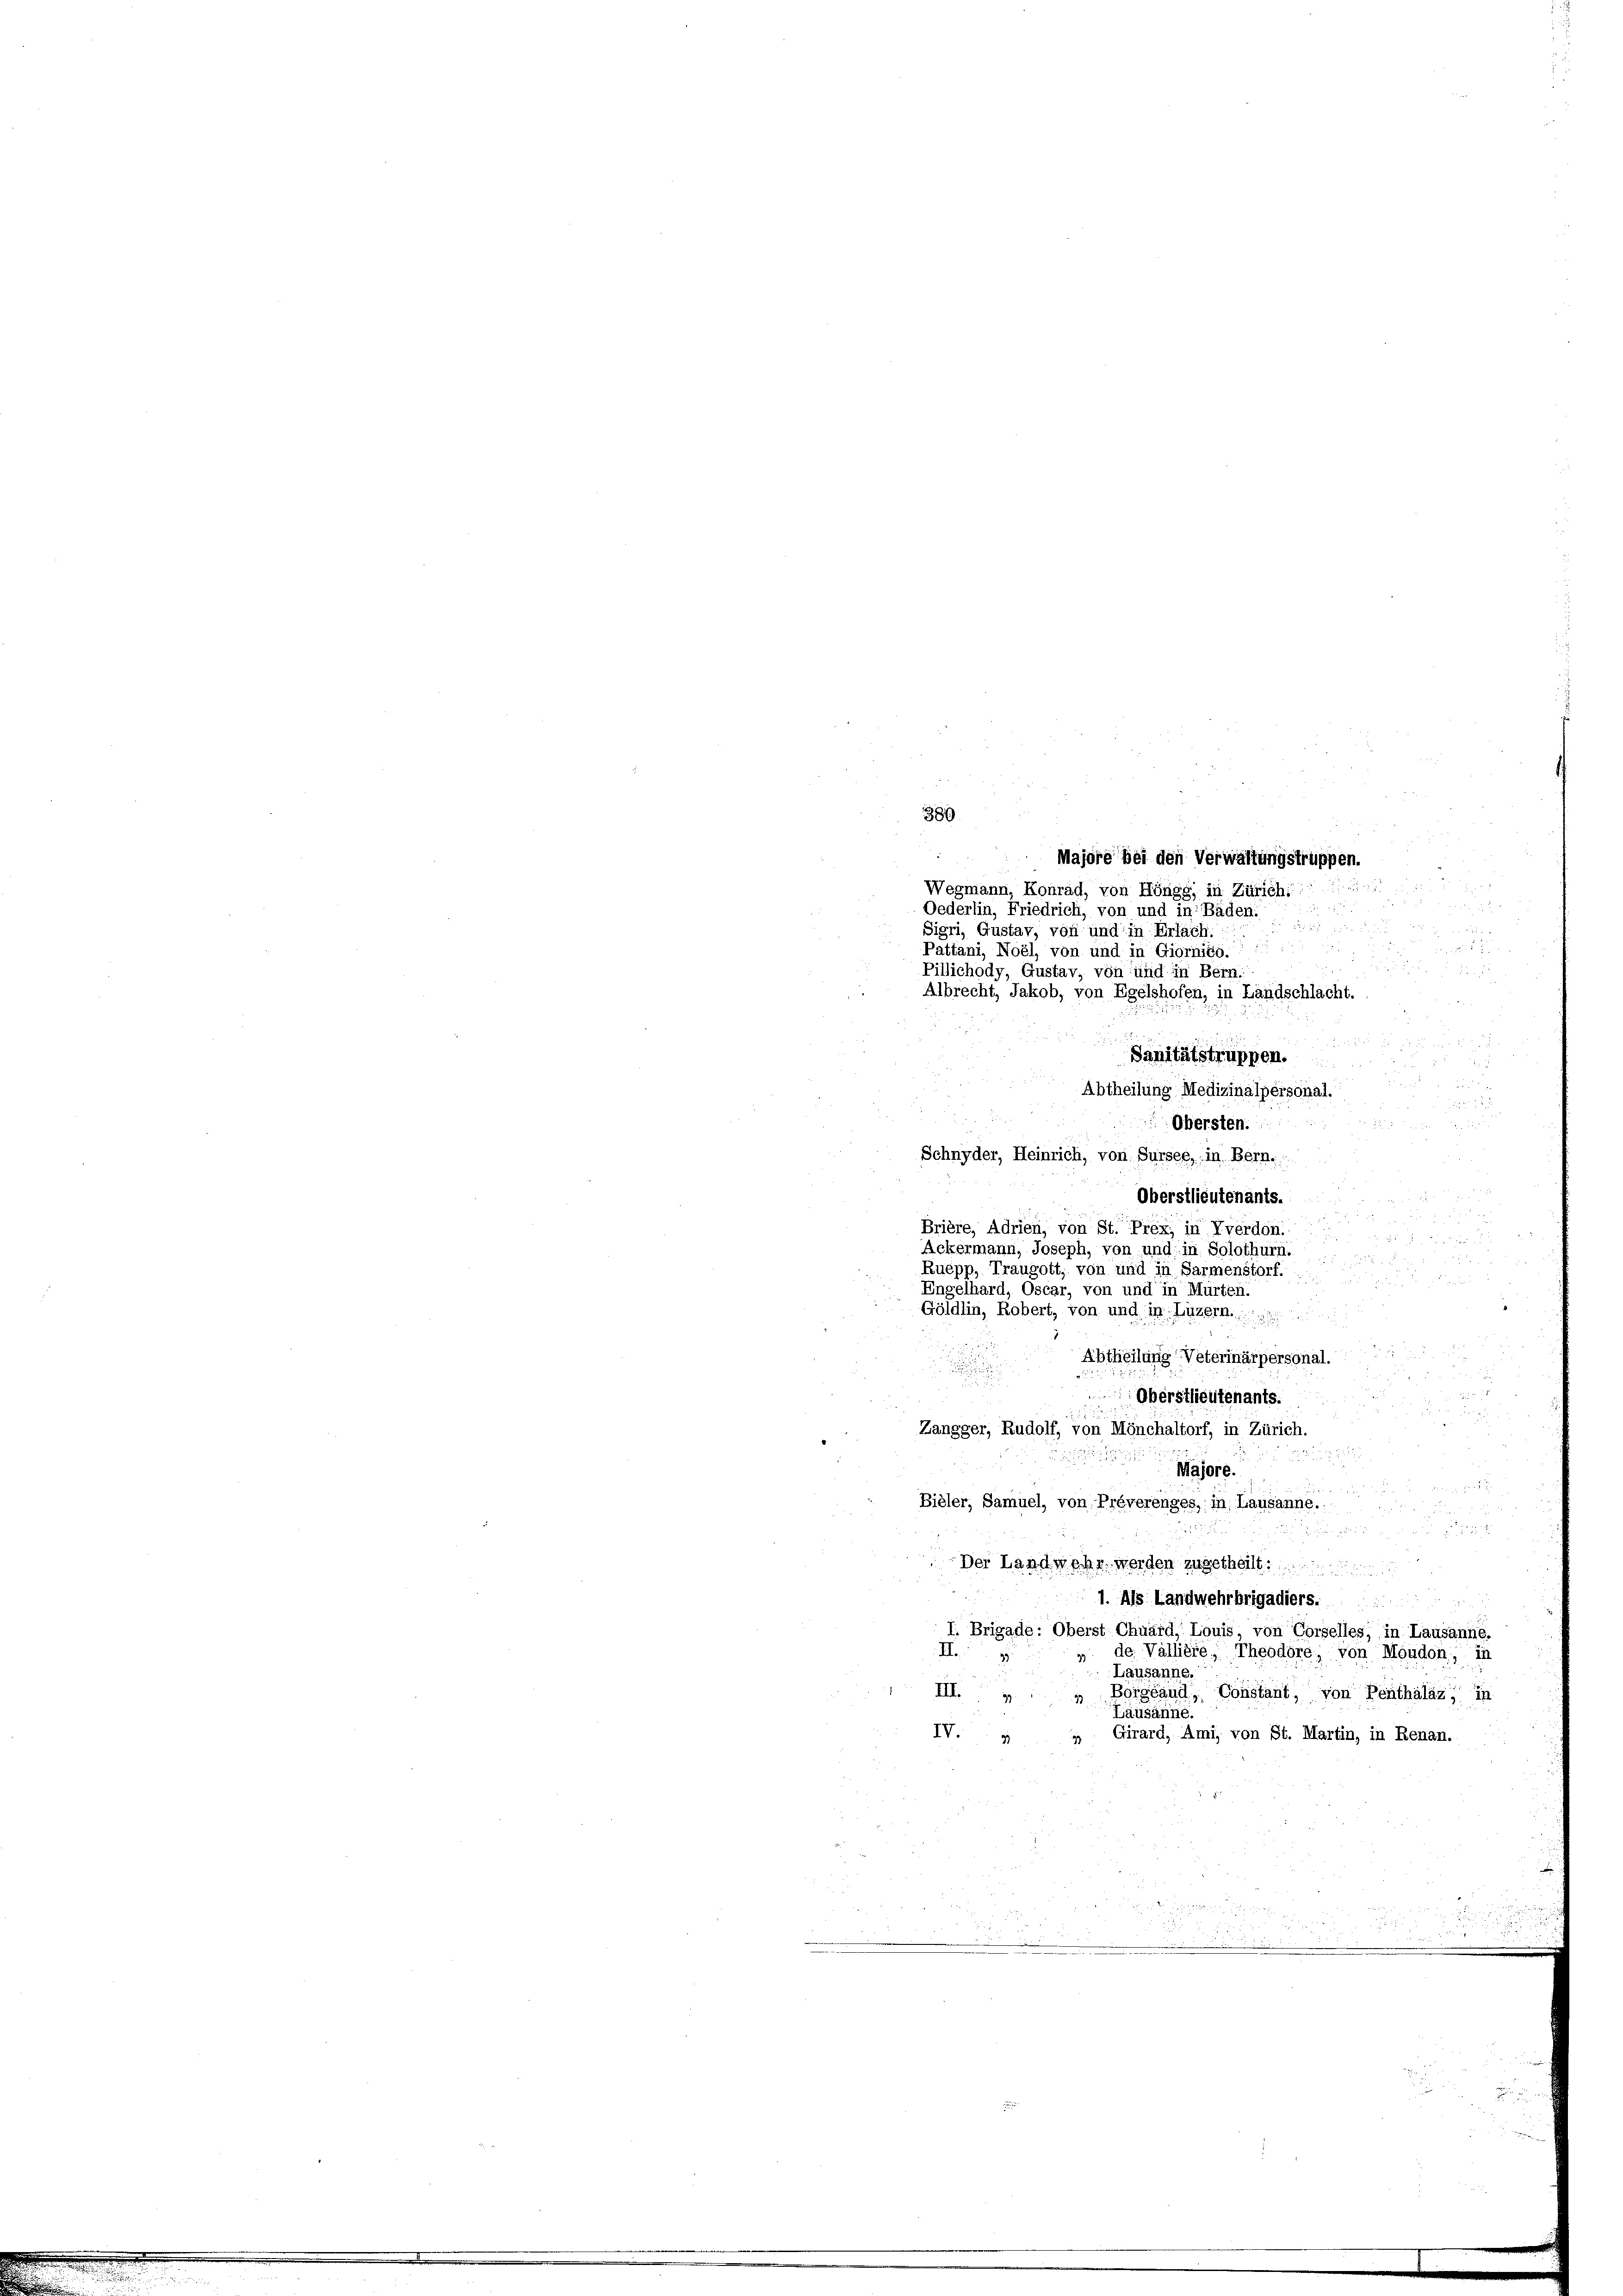
380
Majore bei den Verwaltungstruppen.
Wegmann, Konrad, von Höngg, in Zürich
 x
Oederlin, Friedrich, von und in Bäden:

Sigri, Gustav, von und in Erlach.

 N. 27
Pattani, Noèl, von und in Giornig.  .....
u
 § 1872
Pillichody, Gustav, von und in Bern.
Albrecht, Jakob, von Egelshofen, in Landschlacht.

 12
Sanitätstrüppen.
 2
d
d
Abtheilung Medizinalpersonal.
75

2
Obersten.
Schnyder, Heinrich, von Sursee, in Bern.
Oberstlieutenants.
.
u
Brière, Adrien, von St. Prex, in Yverdon

Ackermann, Joseph, von und in Solothurn.
182
i
Ruépp, Traugott, von und in Sarmenstorf.

Engelhard, Oscar, von und in Mürter
x
.
Göldlin, Robert, von und in Luzern.
Abtheilung Veterinärpersonal.
Oberstlieutenants.
.
Zangger, Rudolf, von Mönchaltorf, in Zürich.
2
Majore.

e
Bieler, Samuel, von Préverenges, in Lausanne.
5 x
25 f 5 x

u
Der Landwehr werden zugetheilt.
1. Als Landwehrbrigadiers.
I. Brigade: Oberst Chuärd, Louis, von Vorselles, in Lausanne.
I
 de Vallière, Theodore, von Moudon, in
Lausanne.
III.
Borgéaud, Constant, von Penthalaz, in
Läusänne.
IV. " " Girard, Ami, von St. Martin, in Renan.
.